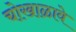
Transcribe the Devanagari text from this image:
चोखाळावे